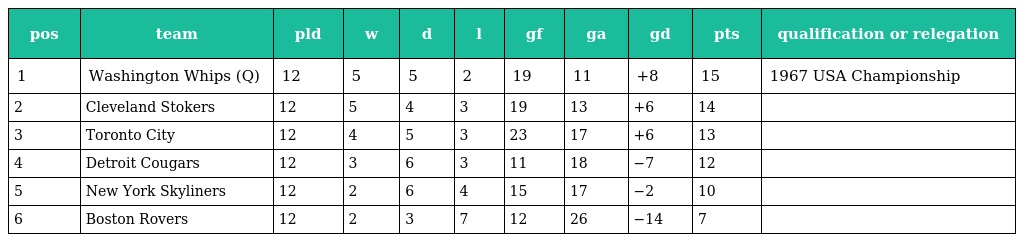
| pos | team | pld | w | d | l | gf | ga | gd | pts | qualification or relegation |
 | --- | --- | --- | --- | --- | --- | --- | --- | --- | --- | --- |
 | 1 | Washington Whips (Q) | 12 | 5 | 5 | 2 | 19 | 11 | +8 | 15 | 1967 USA Championship |
 | 2 | Cleveland Stokers | 12 | 5 | 4 | 3 | 19 | 13 | +6 | 14 |  |
 | 3 | Toronto City | 12 | 4 | 5 | 3 | 23 | 17 | +6 | 13 |  |
 | 4 | Detroit Cougars | 12 | 3 | 6 | 3 | 11 | 18 | −7 | 12 |  |
 | 5 | New York Skyliners | 12 | 2 | 6 | 4 | 15 | 17 | −2 | 10 |  |
 | 6 | Boston Rovers | 12 | 2 | 3 | 7 | 12 | 26 | −14 | 7 |  |